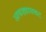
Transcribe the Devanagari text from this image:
आकड्यासकट